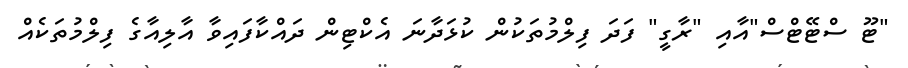
"ޓޫ ސްޓޭޓްސް"އާއި "ރާގީ" ފަދަ ފިލްމުތަކުން ކުޅަދާނަ އެކްޓިން ދައްކާފައިވާ އާލިއާގެ ފިލްމުތަކެއް